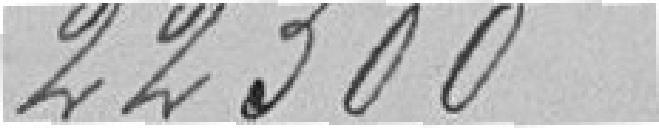
22 300